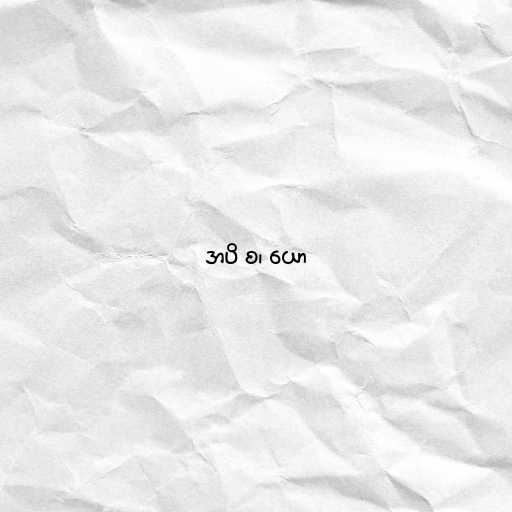
အပိ စ၊ ယော